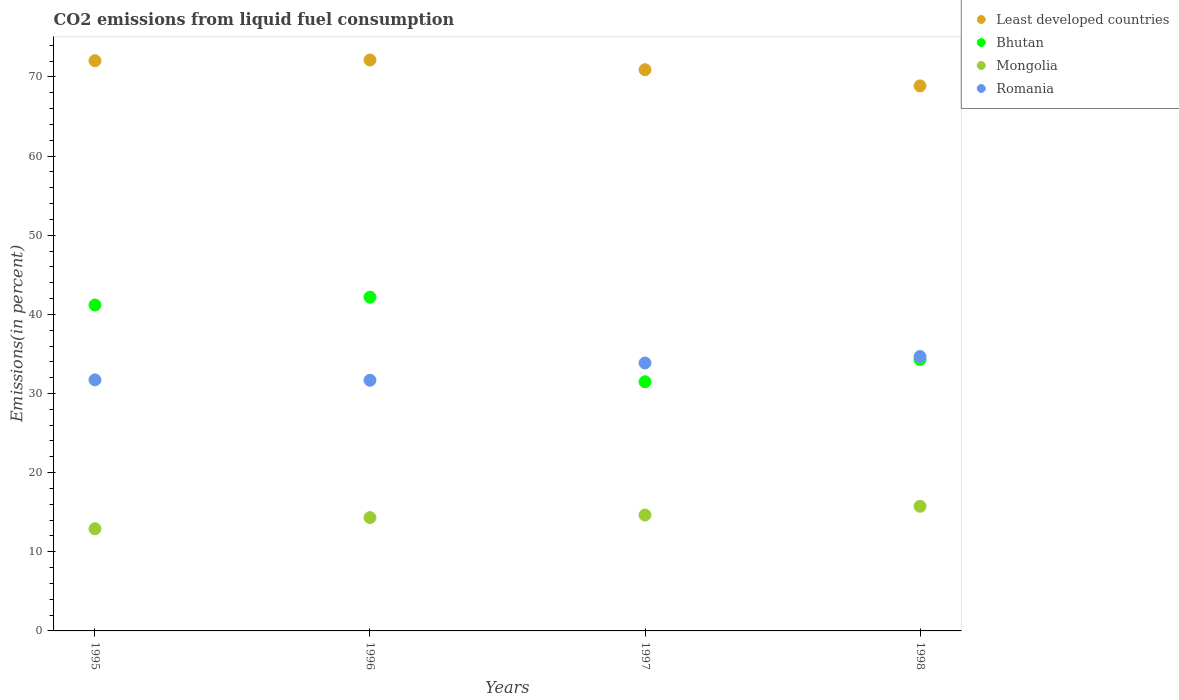
| Years | Least developed countries | Bhutan | Mongolia | Romania |
 | --- | --- | --- | --- | --- |
 | 1995 | 72 | 41.2 | 12.9 | 31.7 |
 | 1996 | 72.1 | 42.2 | 14.3 | 31.7 |
 | 1997 | 70.9 | 31.5 | 14.6 | 33.9 |
 | 1998 | 68.9 | 34.3 | 15.7 | 34.7 |